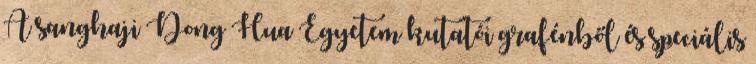
A sanghaji Dong Hua Egyetem kutatói grafénből és speciális